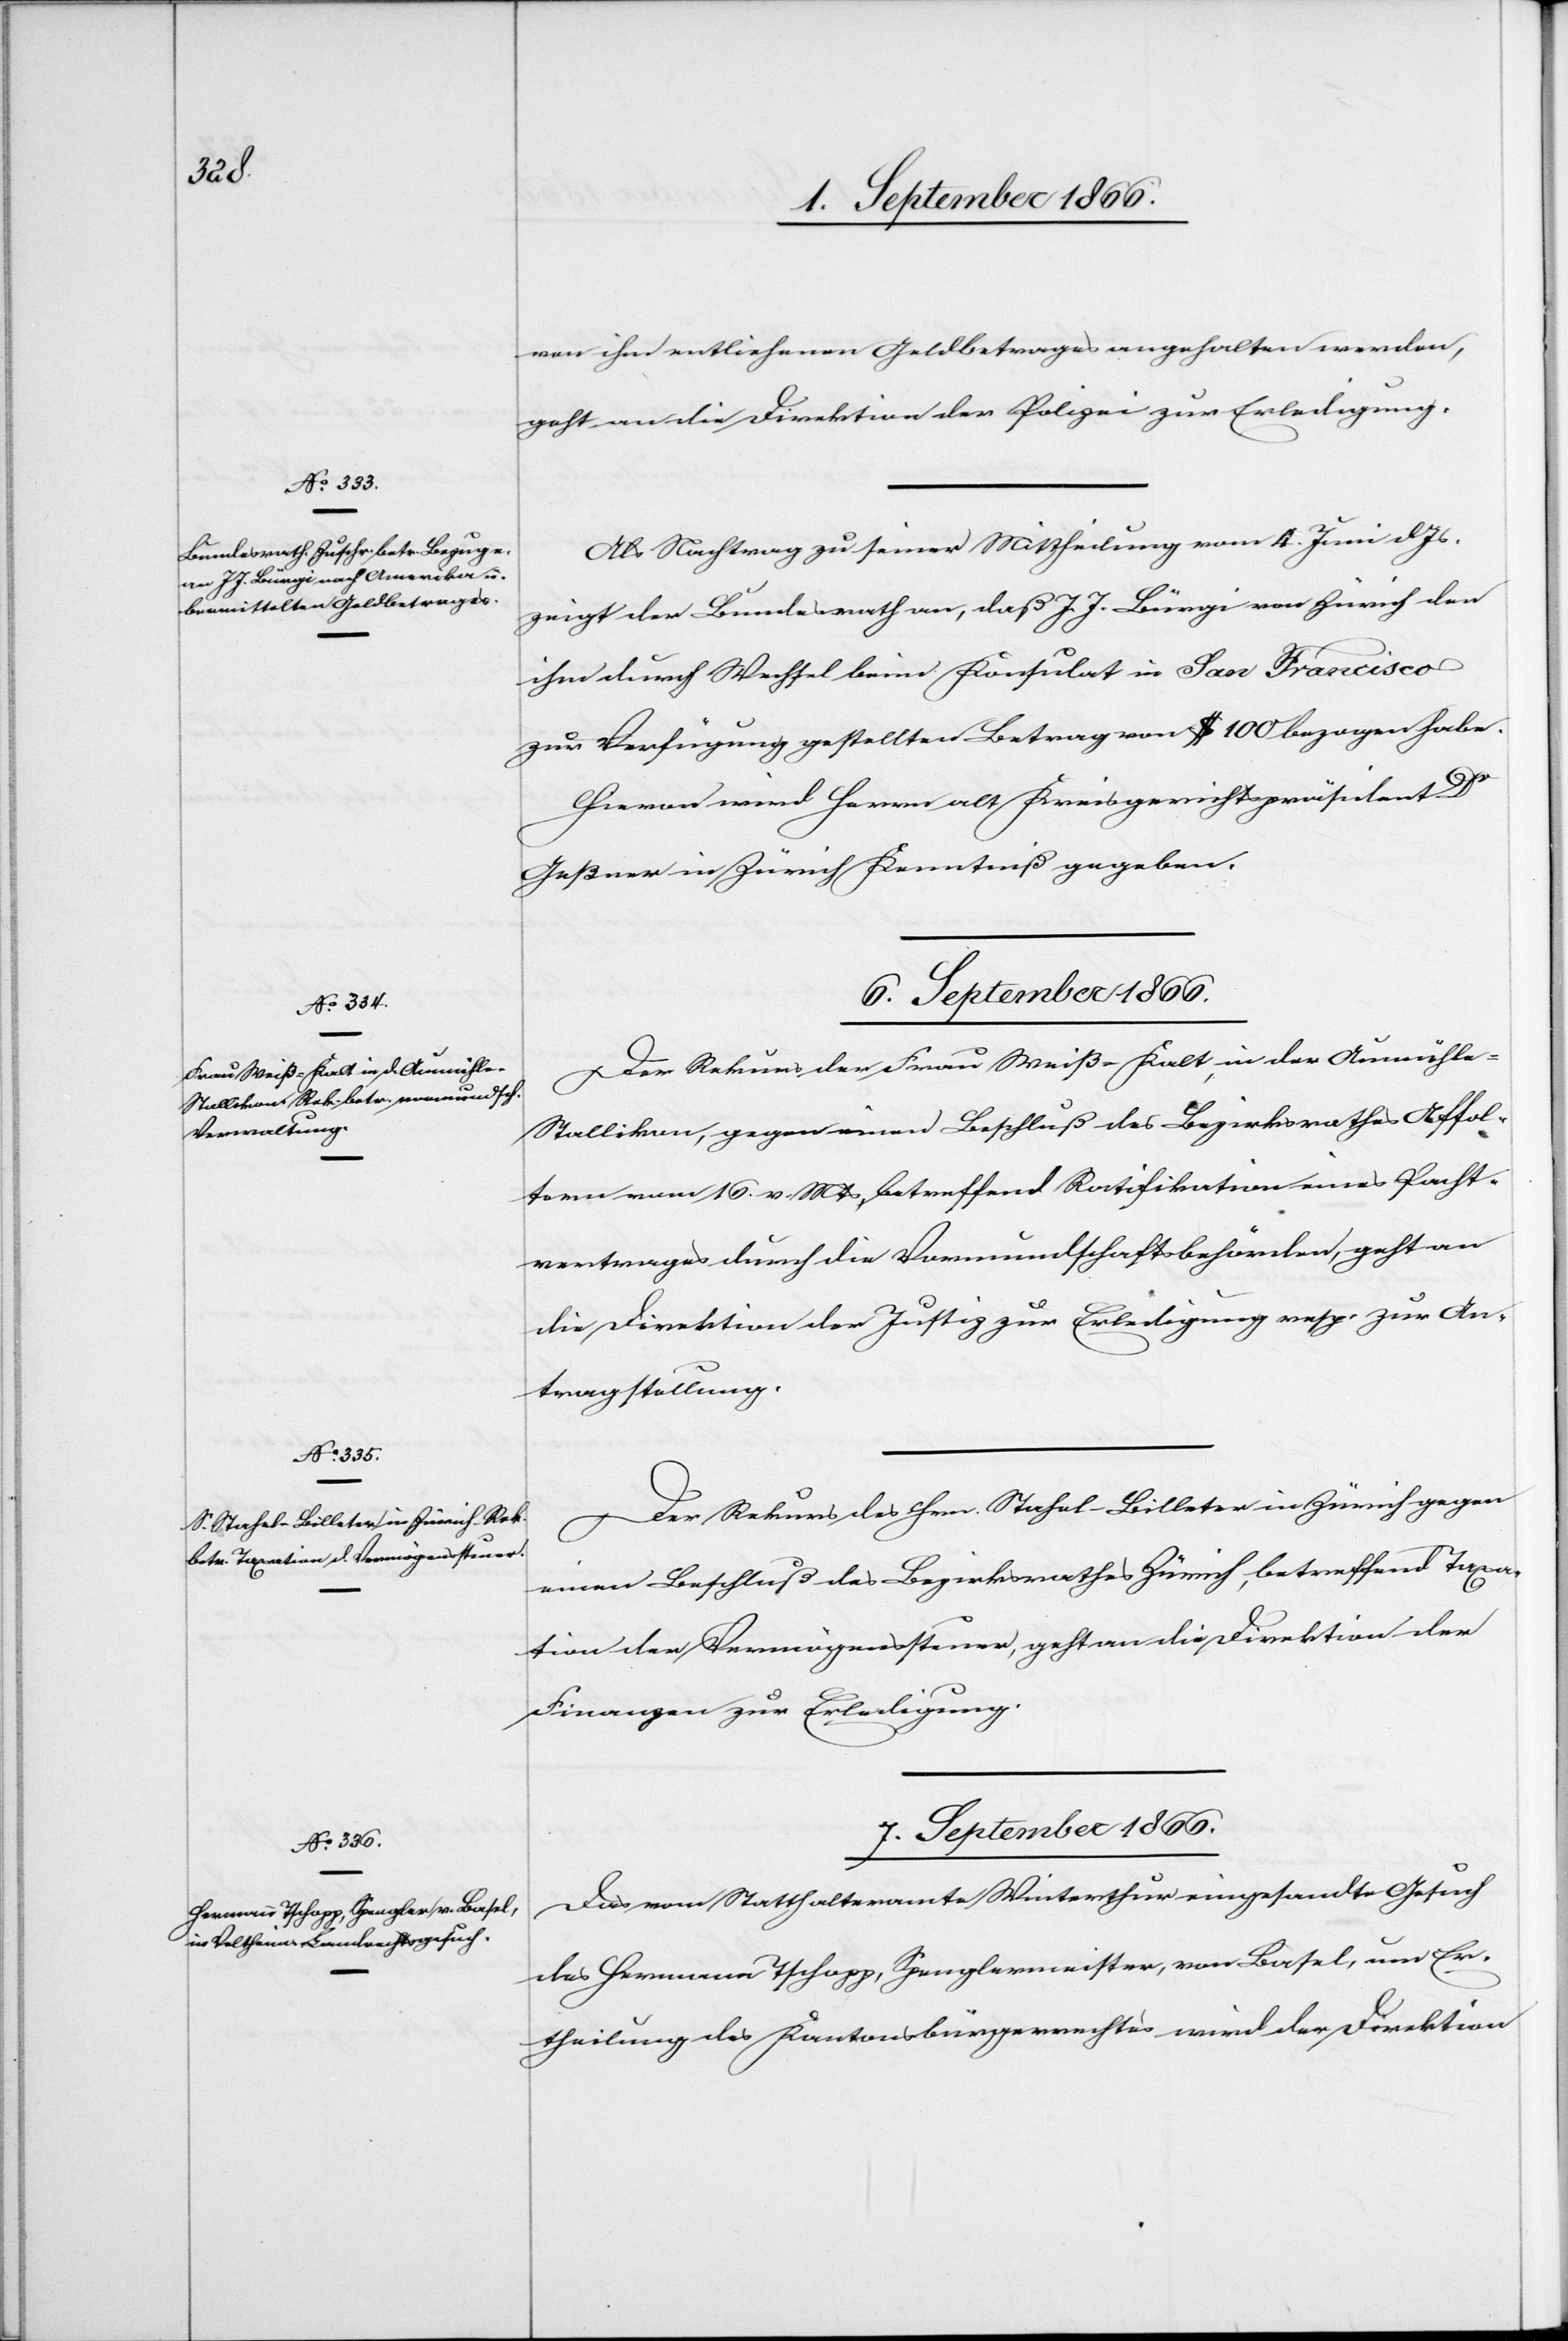
6. September 1866.]
von ihm entliehenen Geldbetrages angehalten werden,
geht an die Direktion der Polizei zur Erledigung.
Als Nachtrag zu seiner Mittheilung vom 4. Juni dJs.
zeigt der Bundesrath an, daß J. J. Bürgi von Zürich den
ihm durch Wechsel beim Konsulat in San Francisco
zur Verfügung gestellten Betrag von $ 100 bezogen habe.
Hievon wird Herrn alt Kreisgerichtspräsident Dr.
Geßner in Zürich Kenntniß gegeben.
Der Rekurs der Frau Weiß-Kalt in der Aumühl¬
e-Stallikon, gegen einen Beschluß des Bezirksrathes Affol¬
tern vom 16. v. Mts, betreffend Ratifikation eines Pacht¬
antrages durch die Vormundschaftsbehörden, geht an
die Direktion der Justiz zur Erledigung resp. zur An¬
tragstellung.
Der Rekurs des Hrn. Stahel-Billeter in Zürich gegen
einen Beschluß des Bezirksrathes Zürich, betreffend Taxa¬
tion der Vermögenssteuer, geht an die Direktion der
Finanzen zur Erledigung.
7. September 1866.
Das vom Statthalteramte Winterthur eingesandte Gesuch
des Hermann Tschopp, Spenglermeister, von Basel, um Er¬
theilung des Kantonsbürgerrechtes wird der Direktion